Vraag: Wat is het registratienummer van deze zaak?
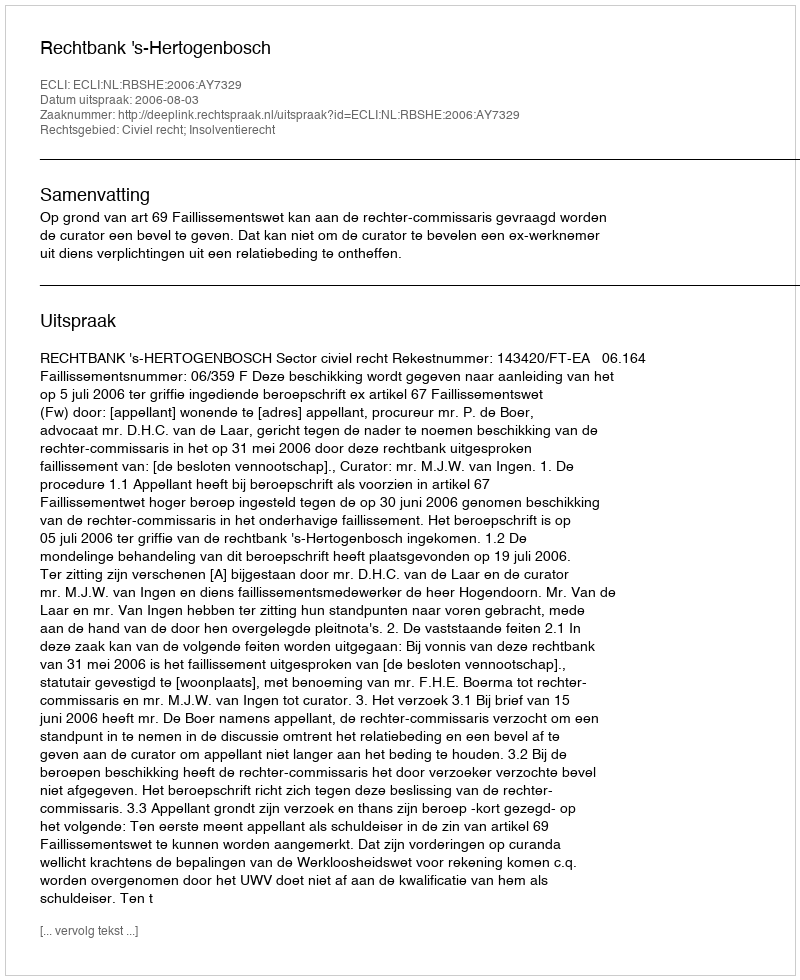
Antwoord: http://deeplink.rechtspraak.nl/uitspraak?id=ECLI:NL:RBSHE:2006:AY7329